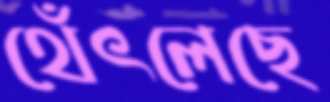
থেঁৎলেছে